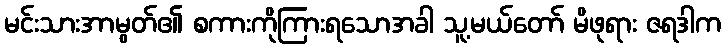
မင်းသားအာမွတ်၏ စကားကိုကြားရသောအခါ သူ့မယ်တော် မိဖုရား ဇရဒါက